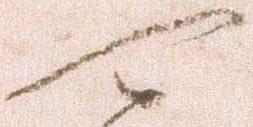
可